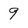
Character: 9